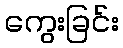
ကွေးခြင်း